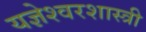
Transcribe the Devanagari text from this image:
यज्ञेश्वरशास्त्री